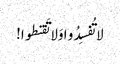
لا تُفسِدُو ا وَلا تَقنطوا!